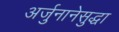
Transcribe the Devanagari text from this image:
अर्जुनानेसुद्धा